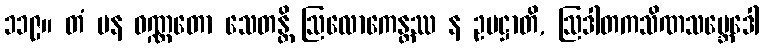
၁၁၉။ တံ ပန ဝဏ္ဏတော သေတန္တိ ဩလောကေန္တဿ န ဥပဋ္ဌာတိ, ဩဒါတကသိဏသမ္ဘေဒေါ